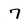
Character: 7